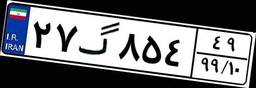
۲۷گ۸۵۴۴۹